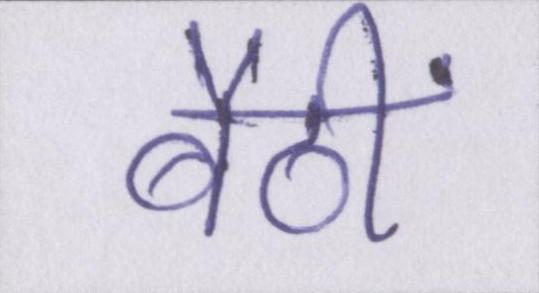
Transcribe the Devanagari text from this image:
बैठीं